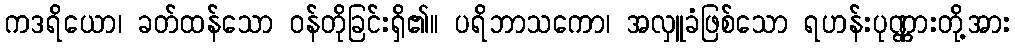
ကဒရိယော၊ ခတ်ထန်သော ဝန်တိုခြင်းရှိ၏။ ပရိဘာသကော၊ အလှူခံဖြစ်သော ရဟန်းပုဏ္ဏားတို့အား